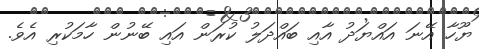
ޔޫހާ އޭނަ އައްޔަދު އާއި ބައްދަލު ކުރަން އައި ބޭނުން ހާމަކުރި އެވެ.